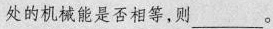
处的机械能是否相等，则___。